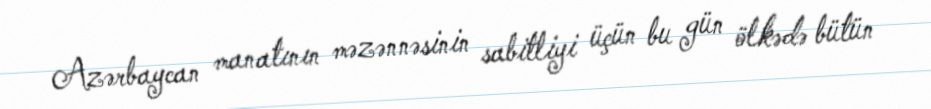
Azərbaycan manatının məzənnəsinin sabitliyi üçün bu gün ölkədə bütün